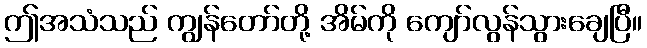
ဤအသံသည် ကျွန်တော်တို့ အိမ်ကို ကျော်လွန်သွားချေပြီ။